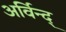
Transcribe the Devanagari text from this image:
अर्विन्द्